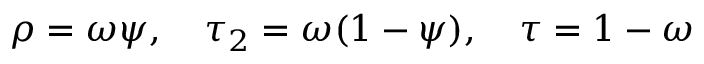
\rho = \omega \psi , \quad \tau _ { 2 } = \omega ( 1 - \psi ) , \quad \tau = 1 - \omega